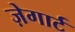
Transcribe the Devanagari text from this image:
ज़ेगार्ट